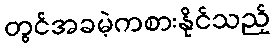
တွင်အခမဲ့ကစားနိုင်သည့်